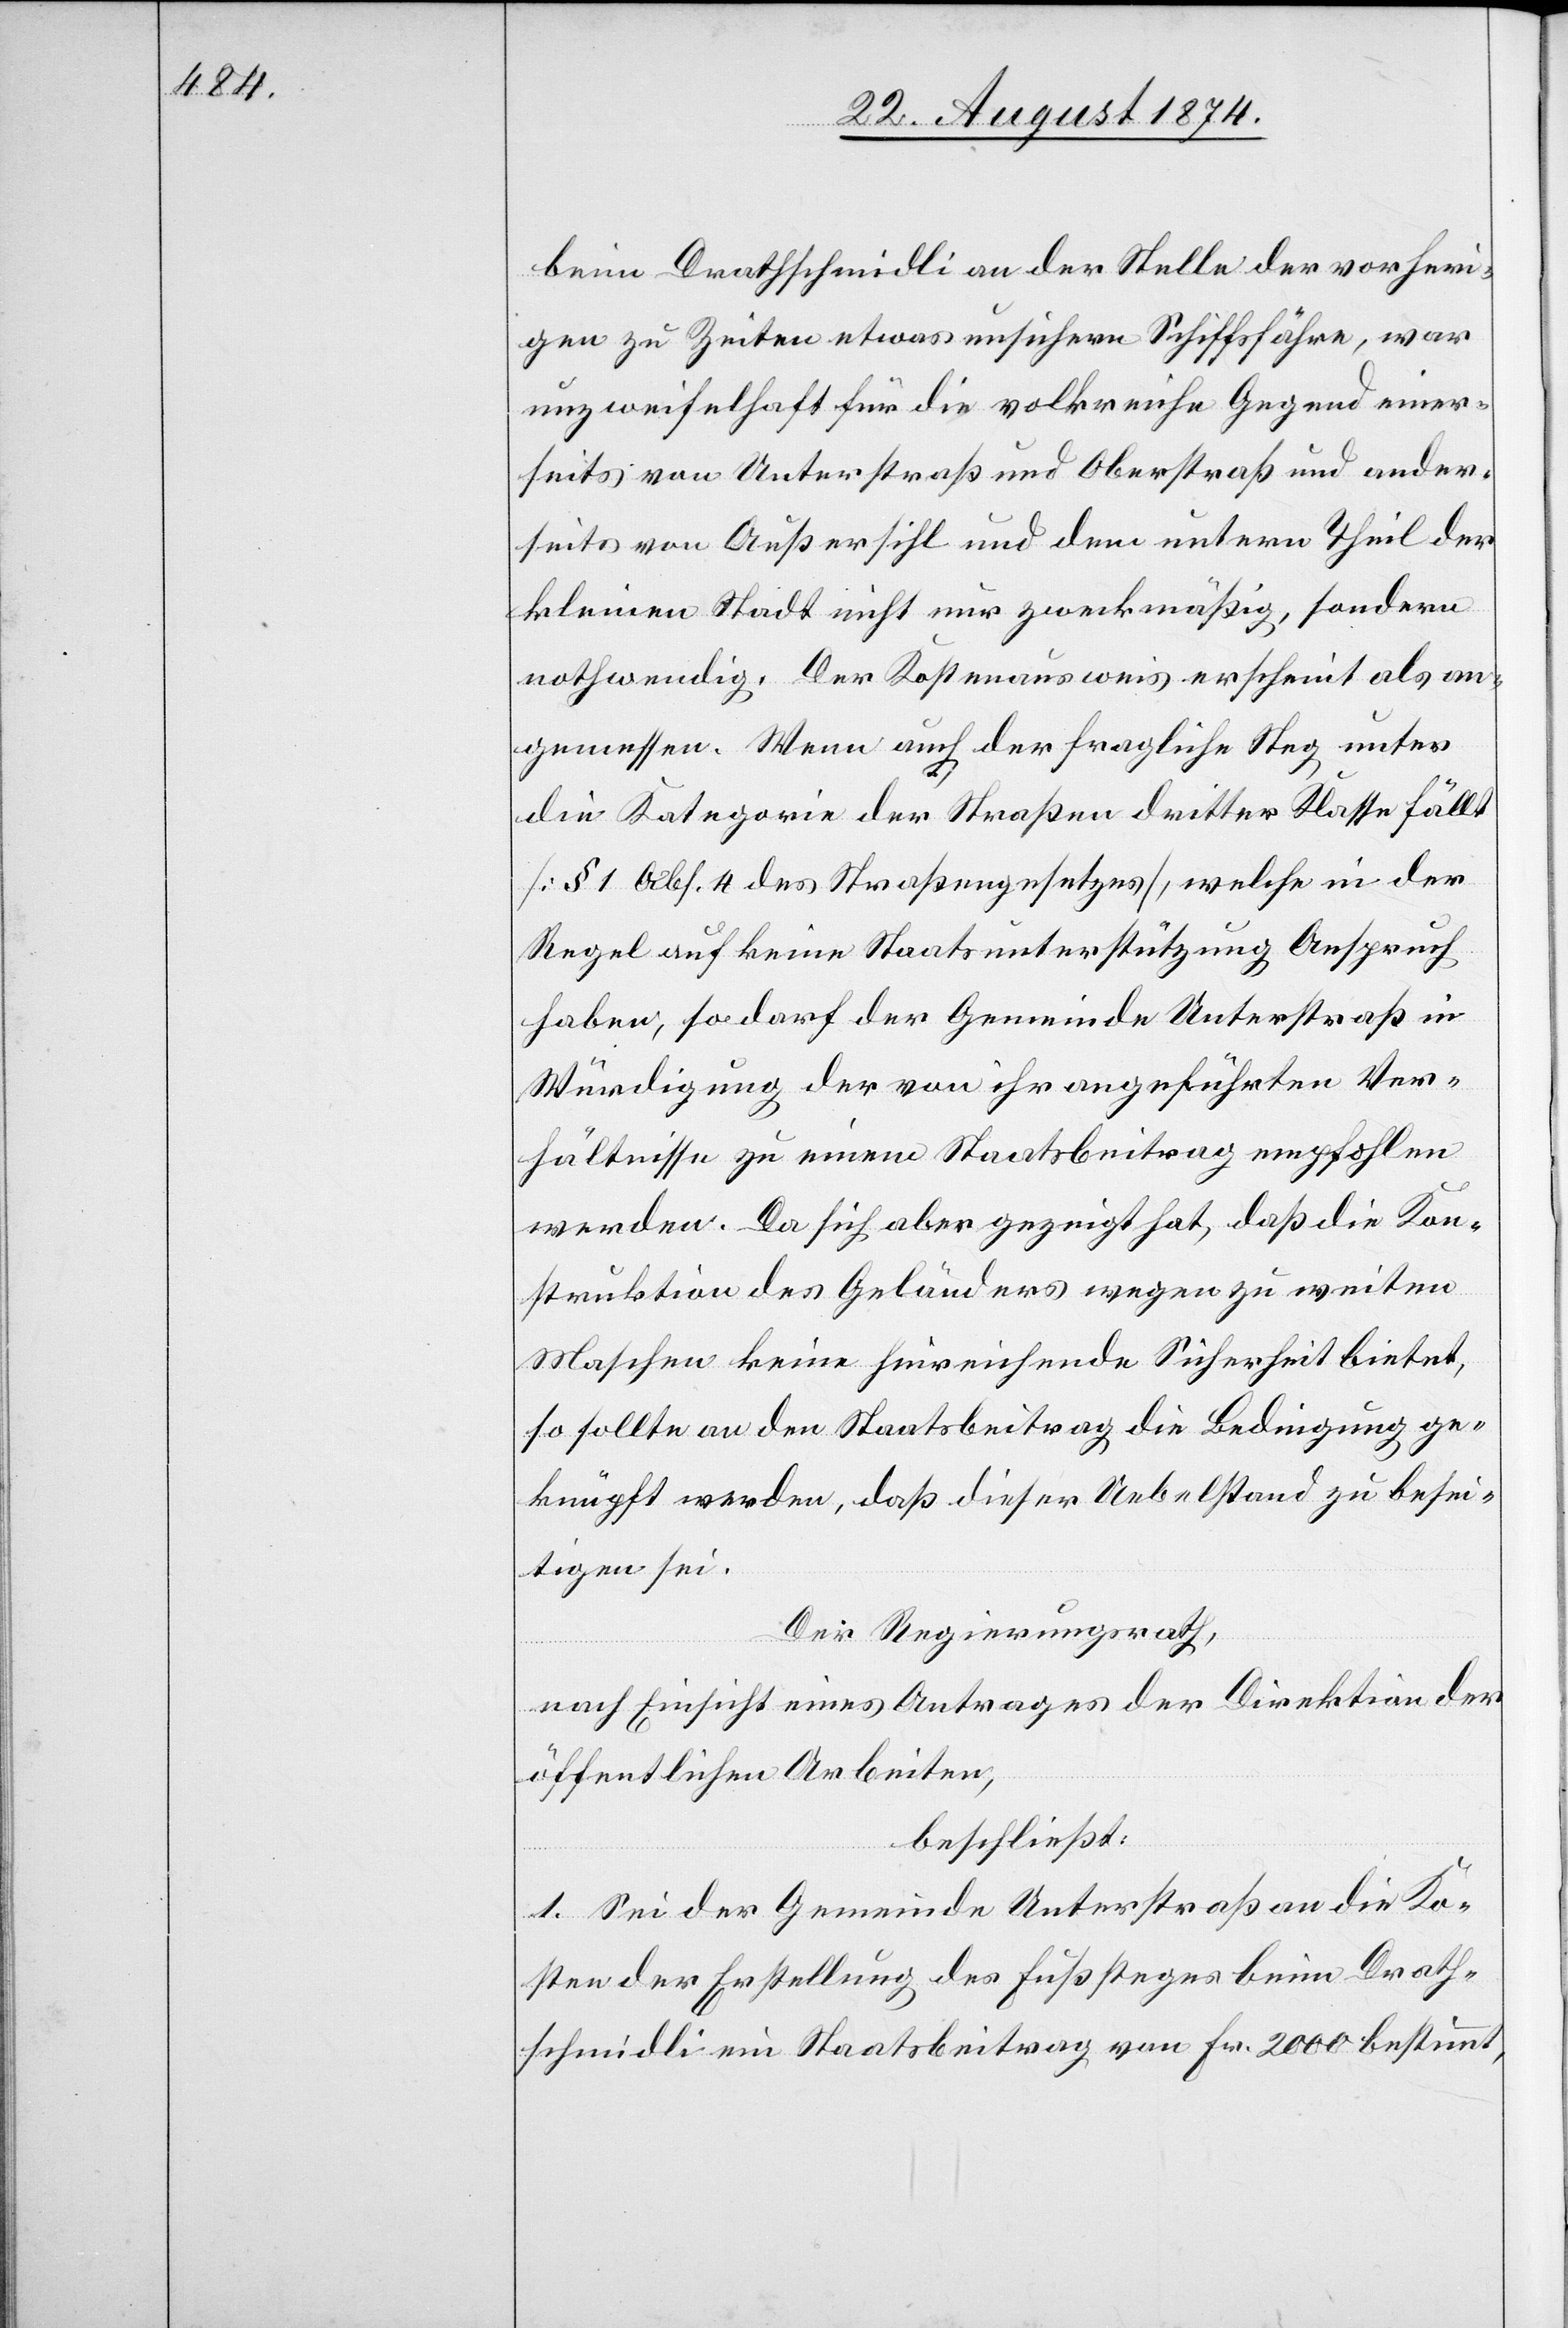
beim Drathschmidli an der Stelle der vorheri¬
gen zu Zeiten etwas unsichern Schiffsfähre, war
unzweifelhaft für die volkreiche Gegend einer¬
seits von Unterstraß und Oberstraß und ander¬
seits von Außersihl und dem untern Theil der
kleinen Stadt nicht nur zweckmäßig, sondern
nothwendig. Der Kostenausweis erscheint als an¬
gemessen. Wenn auch der fragliche Steg unter
die Kategorie der Straßen dritter Klasse fällt
[§ 1 Abs. 4 des Straßengesetzes], welche in der
Regel auf keine Staatsunterstützung Anspruch
haben, so darf der Gemeinde Unterstraß in
Würdigung der von ihr angeführten Ver¬
hältnisse[,] zu einem Staatsbeitrag empfohlen
werden. Da sich aber gezeigt hat, daß die Kon¬
struktion des Geländers wegen zu weiten
Maschen keine hinreichende Sicherheit bietet,
so sollte an den Staatsbeitrag die Bedingung ge¬
knüpft werden, daß dieser Uebelstand zu besei¬
tigen sei.
Der Regierungsrath,
nach Einsicht eines Antrages der Direktion der
öffentlichen Arbeiten,
beschließt:
1. Sei der Gemeinde Unterstraß an die Ko¬
sten der Erstellung des Fußsteges beim Drath¬
schmidli ein Staatsbeitrag von Fr. 2000 bestimmt,